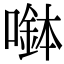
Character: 𡀖